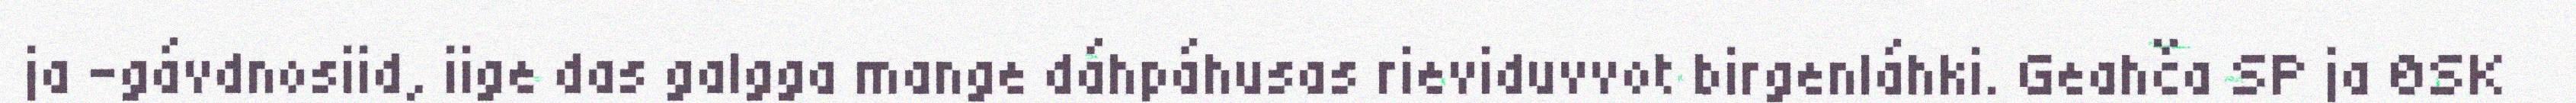
ja -gávdnosiid, iige das galgga mange dáhpáhusas rieviduvvot birgenláhki. Geahča SP ja ØSK